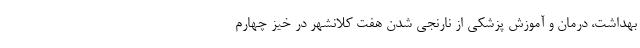
بهداشت، درمان و آموزش پزشکی از نارنجی شدن هفت کلانشهر در خیز چهارم